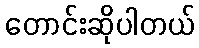
တောင်းဆိုပါတယ်